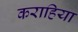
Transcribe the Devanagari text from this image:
कराहिया